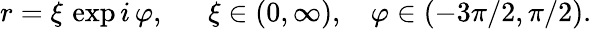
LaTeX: r=\xi\, \exp i\, \varphi,\ \ \ \ \ \ \xi\in(0,\infty),\ \ \ \, \varphi\in(-3\pi/2,\pi/2).